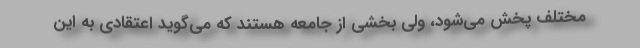
مختلف پخش می‌شود، ولی بخشی از جامعه هستند که می‌گوید اعتقادی به این